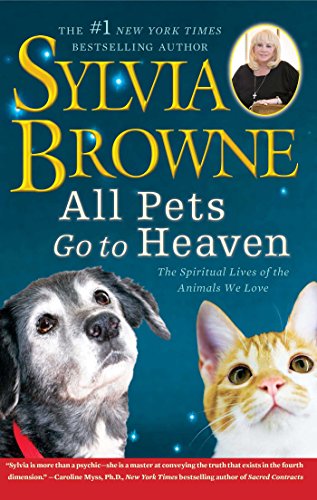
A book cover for All Pets Go To Heaven: The Spiritual Lives of the Animals We Love; Sylvia Browne; Crafts, Hobbies & Home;